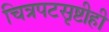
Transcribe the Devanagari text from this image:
चित्रपटसृष्टीही